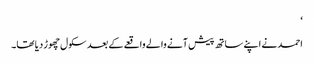
‘
احمد نے اپنے ساتھ پیش آنے والے واقعے کے بعد سکول چھوڑ دیا تھا۔